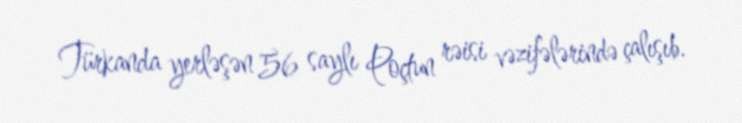
Türkanda yerləşən 56 saylı Poçtun rəisi vəzifələrində çalışıb.